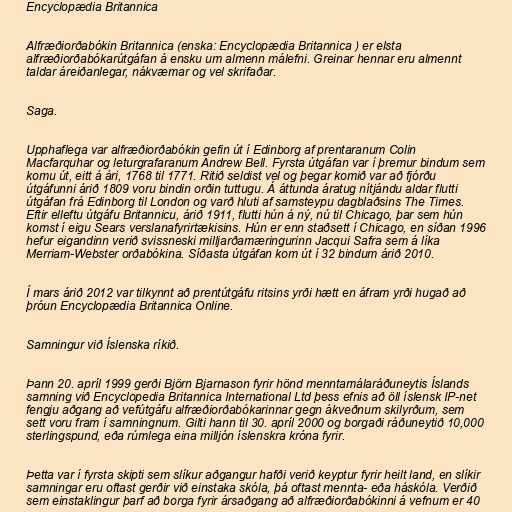
Encyclopædia Britannica

Alfræðiorðabókin Britannica (enska: Encyclopædia Britannica ) er elsta
alfræðiorðabókarútgáfan á ensku um almenn málefni. Greinar hennar eru almennt
taldar áreiðanlegar, nákvæmar og vel skrifaðar.

Saga.

Upphaflega var alfræðiorðabókin gefin út í Edinborg af prentaranum Colin
Macfarquhar og leturgrafaranum Andrew Bell. Fyrsta útgáfan var í þremur bindum sem
komu út, eitt á ári, 1768 til 1771. Ritið seldist vel og þegar komið var að fjórðu
útgáfunni árið 1809 voru bindin orðin tuttugu. Á áttunda áratug nítjándu aldar flutti
útgáfan frá Edinborg til London og varð hluti af samsteypu dagblaðsins The Times.
Eftir elleftu útgáfu Britannicu, árið 1911, flutti hún á ný, nú til Chicago, þar sem hún
komst í eigu Sears verslanafyrirtækisins. Hún er enn staðsett í Chicago, en síðan 1996
hefur eigandinn verið svissneski milljarðamæringurinn Jacqui Safra sem á líka
Merriam-Webster orðabókina. Síðasta útgáfan kom út í 32 bindum árið 2010.

Í mars árið 2012 var tilkynnt að prentútgáfu ritsins yrði hætt en áfram yrði hugað að
þróun Encyclopædia Britannica Online.

Samningur við Íslenska ríkið.

Þann 20. apríl 1999 gerði Björn Bjarnason fyrir hönd menntamálaráðuneytis Íslands
samning við Encyclopedia Britannica International Ltd þess efnis að öll íslensk IP-net
fengju aðgang að vefútgáfu alfræðiorðabókarinnar gegn ákveðnum skilyrðum, sem
sett voru fram í samningnum. Gilti hann til 30. apríl 2000 og borgaði ráðuneytið 10,000
sterlingspund, eða rúmlega eina milljón íslenskra króna fyrir.

Þetta var í fyrsta skipti sem slíkur aðgangur hafði verið keyptur fyrir heilt land, en slíkir
samningar eru oftast gerðir við einstaka skóla, þá oftast mennta- eða háskóla. Verðið
sem einstaklingur þarf að borga fyrir ársaðgang að alfræðiorðabókinni á vefnum er 40